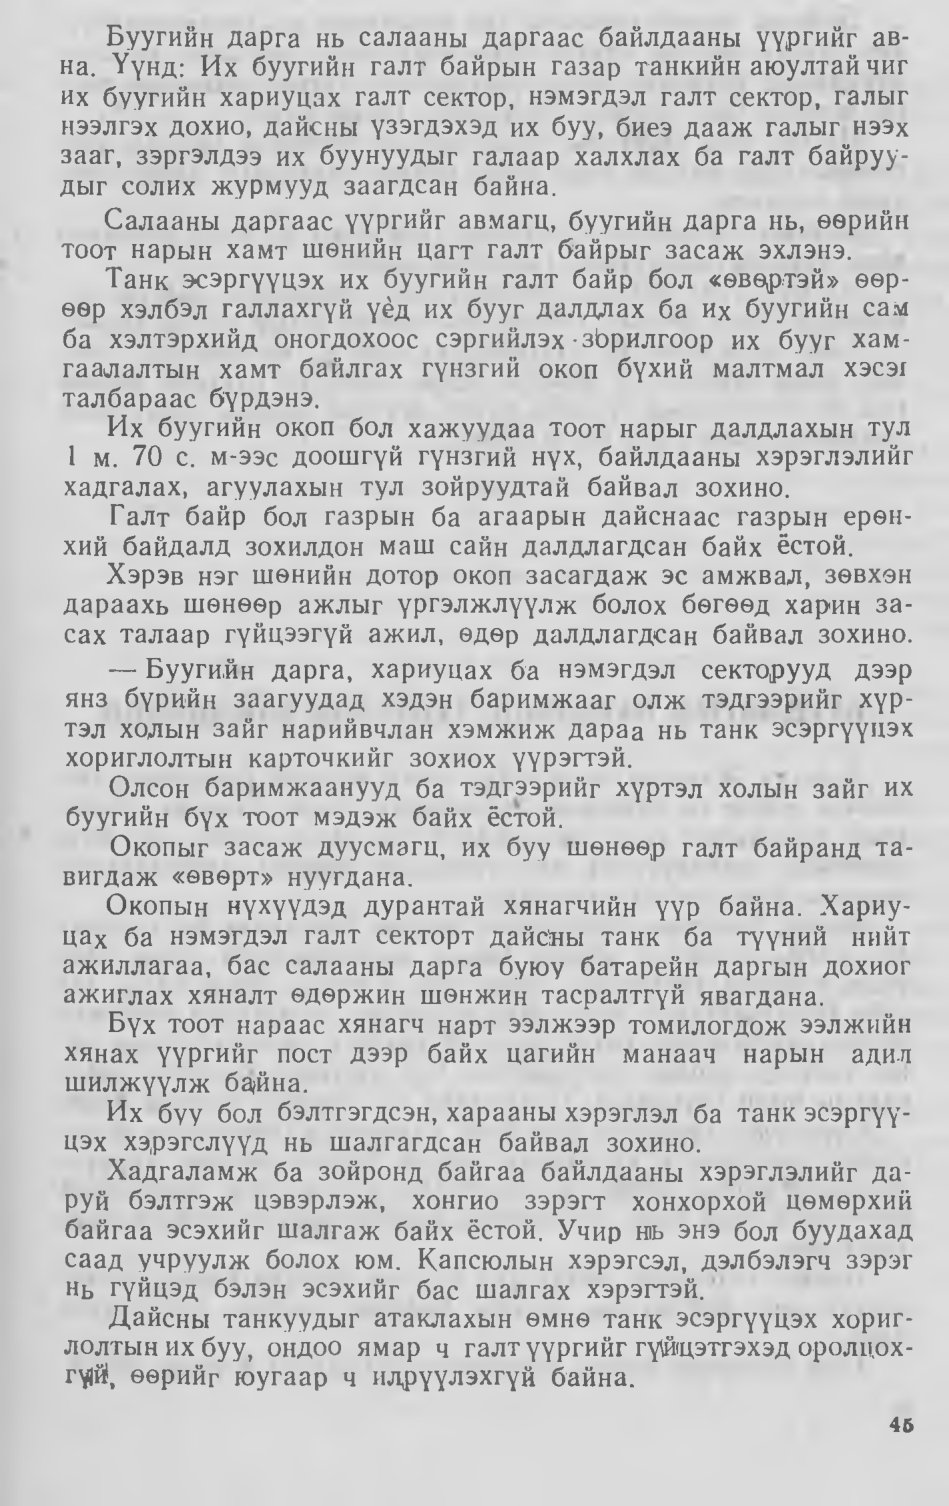
Language: mn